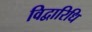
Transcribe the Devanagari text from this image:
विद्वारिधि